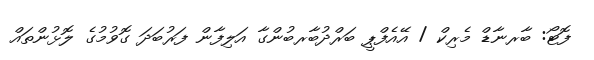
ފޮޓޯ: ބާރނާޑް މެރިކް / އޭއެފްޕީ ބަރްދުބާރބުންގާ އަލިފާން ފަރުބަދަ ގޮވުމުގެ ލޮޅުންތައް